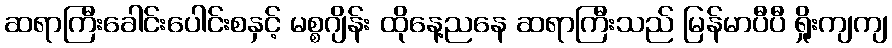
ဆရာကြီးခေါင်းပေါင်းစနှင့် မစ္စဂျိန်း ထိုနေ့ညနေ ဆရာကြီးသည် မြန်မာပီပီ ရှိုးကျကျ